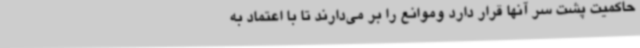
حاکمیت پشت سر آنها قرار دارد وموانع را بر می‌دارند تا با اعتماد به